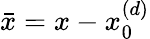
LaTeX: \bar{x}=x-x_{0}^{(d)}